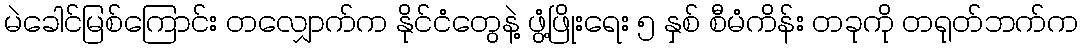
မဲခေါင်မြစ်ကြောင်း တလျှောက်က နိုင်ငံတွေနဲ့ ဖွံ့ဖြိုးရေး ၅ နှစ် စီမံကိန်း တခုကို တရုတ်ဘက်က